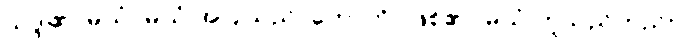
သဒ္ဒါ၏၊ မယံ- မယံ အပြုသည်၊ ဟောတိ- ဖြစ်၏။ မယံ ဟူသည်တည်း။